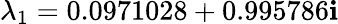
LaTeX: \lambda_{1}=0.0971028+0.995786\mathbf{i}